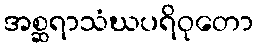
အစ္ဆရာသံဃပရိဝုတော